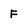
Character: F